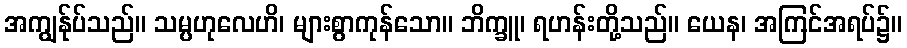
အကျွန်ုပ်သည်။ သမ္ပဟုလေဟိ၊ များစွာကုန်သော။ ဘိက္ခူ၊ ရဟန်းတို့သည်။ ယေန၊ အကြင်အရပ်၌။